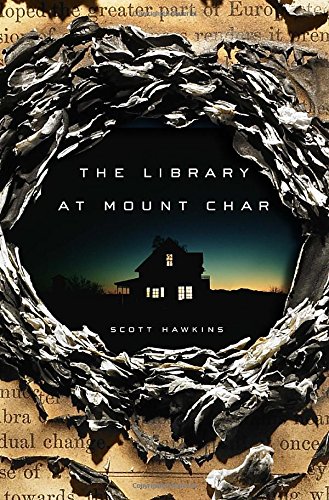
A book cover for The Library at Mount Char; Scott Hawkins; Science Fiction & Fantasy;